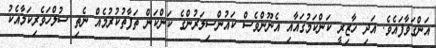
އަންގަވާފައެވެ. އަދި ހާޒިރީ ކަންކަމުގައާއި އެނޫންވެސް ކައުންސިލަރުންގެ ކަންކަން ތަފާތުކުރުމެއް ނެތި ސުލްހަވެރިކަމާއެކު